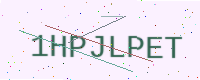
Text: 1HPJLPET